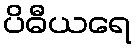
ပိဓီယရေ